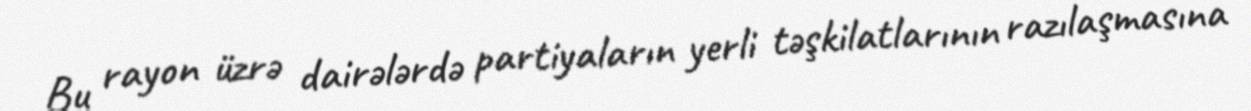
Bu rayon üzrə dairələrdə partiyaların yerli təşkilatlarının razılaşmasına